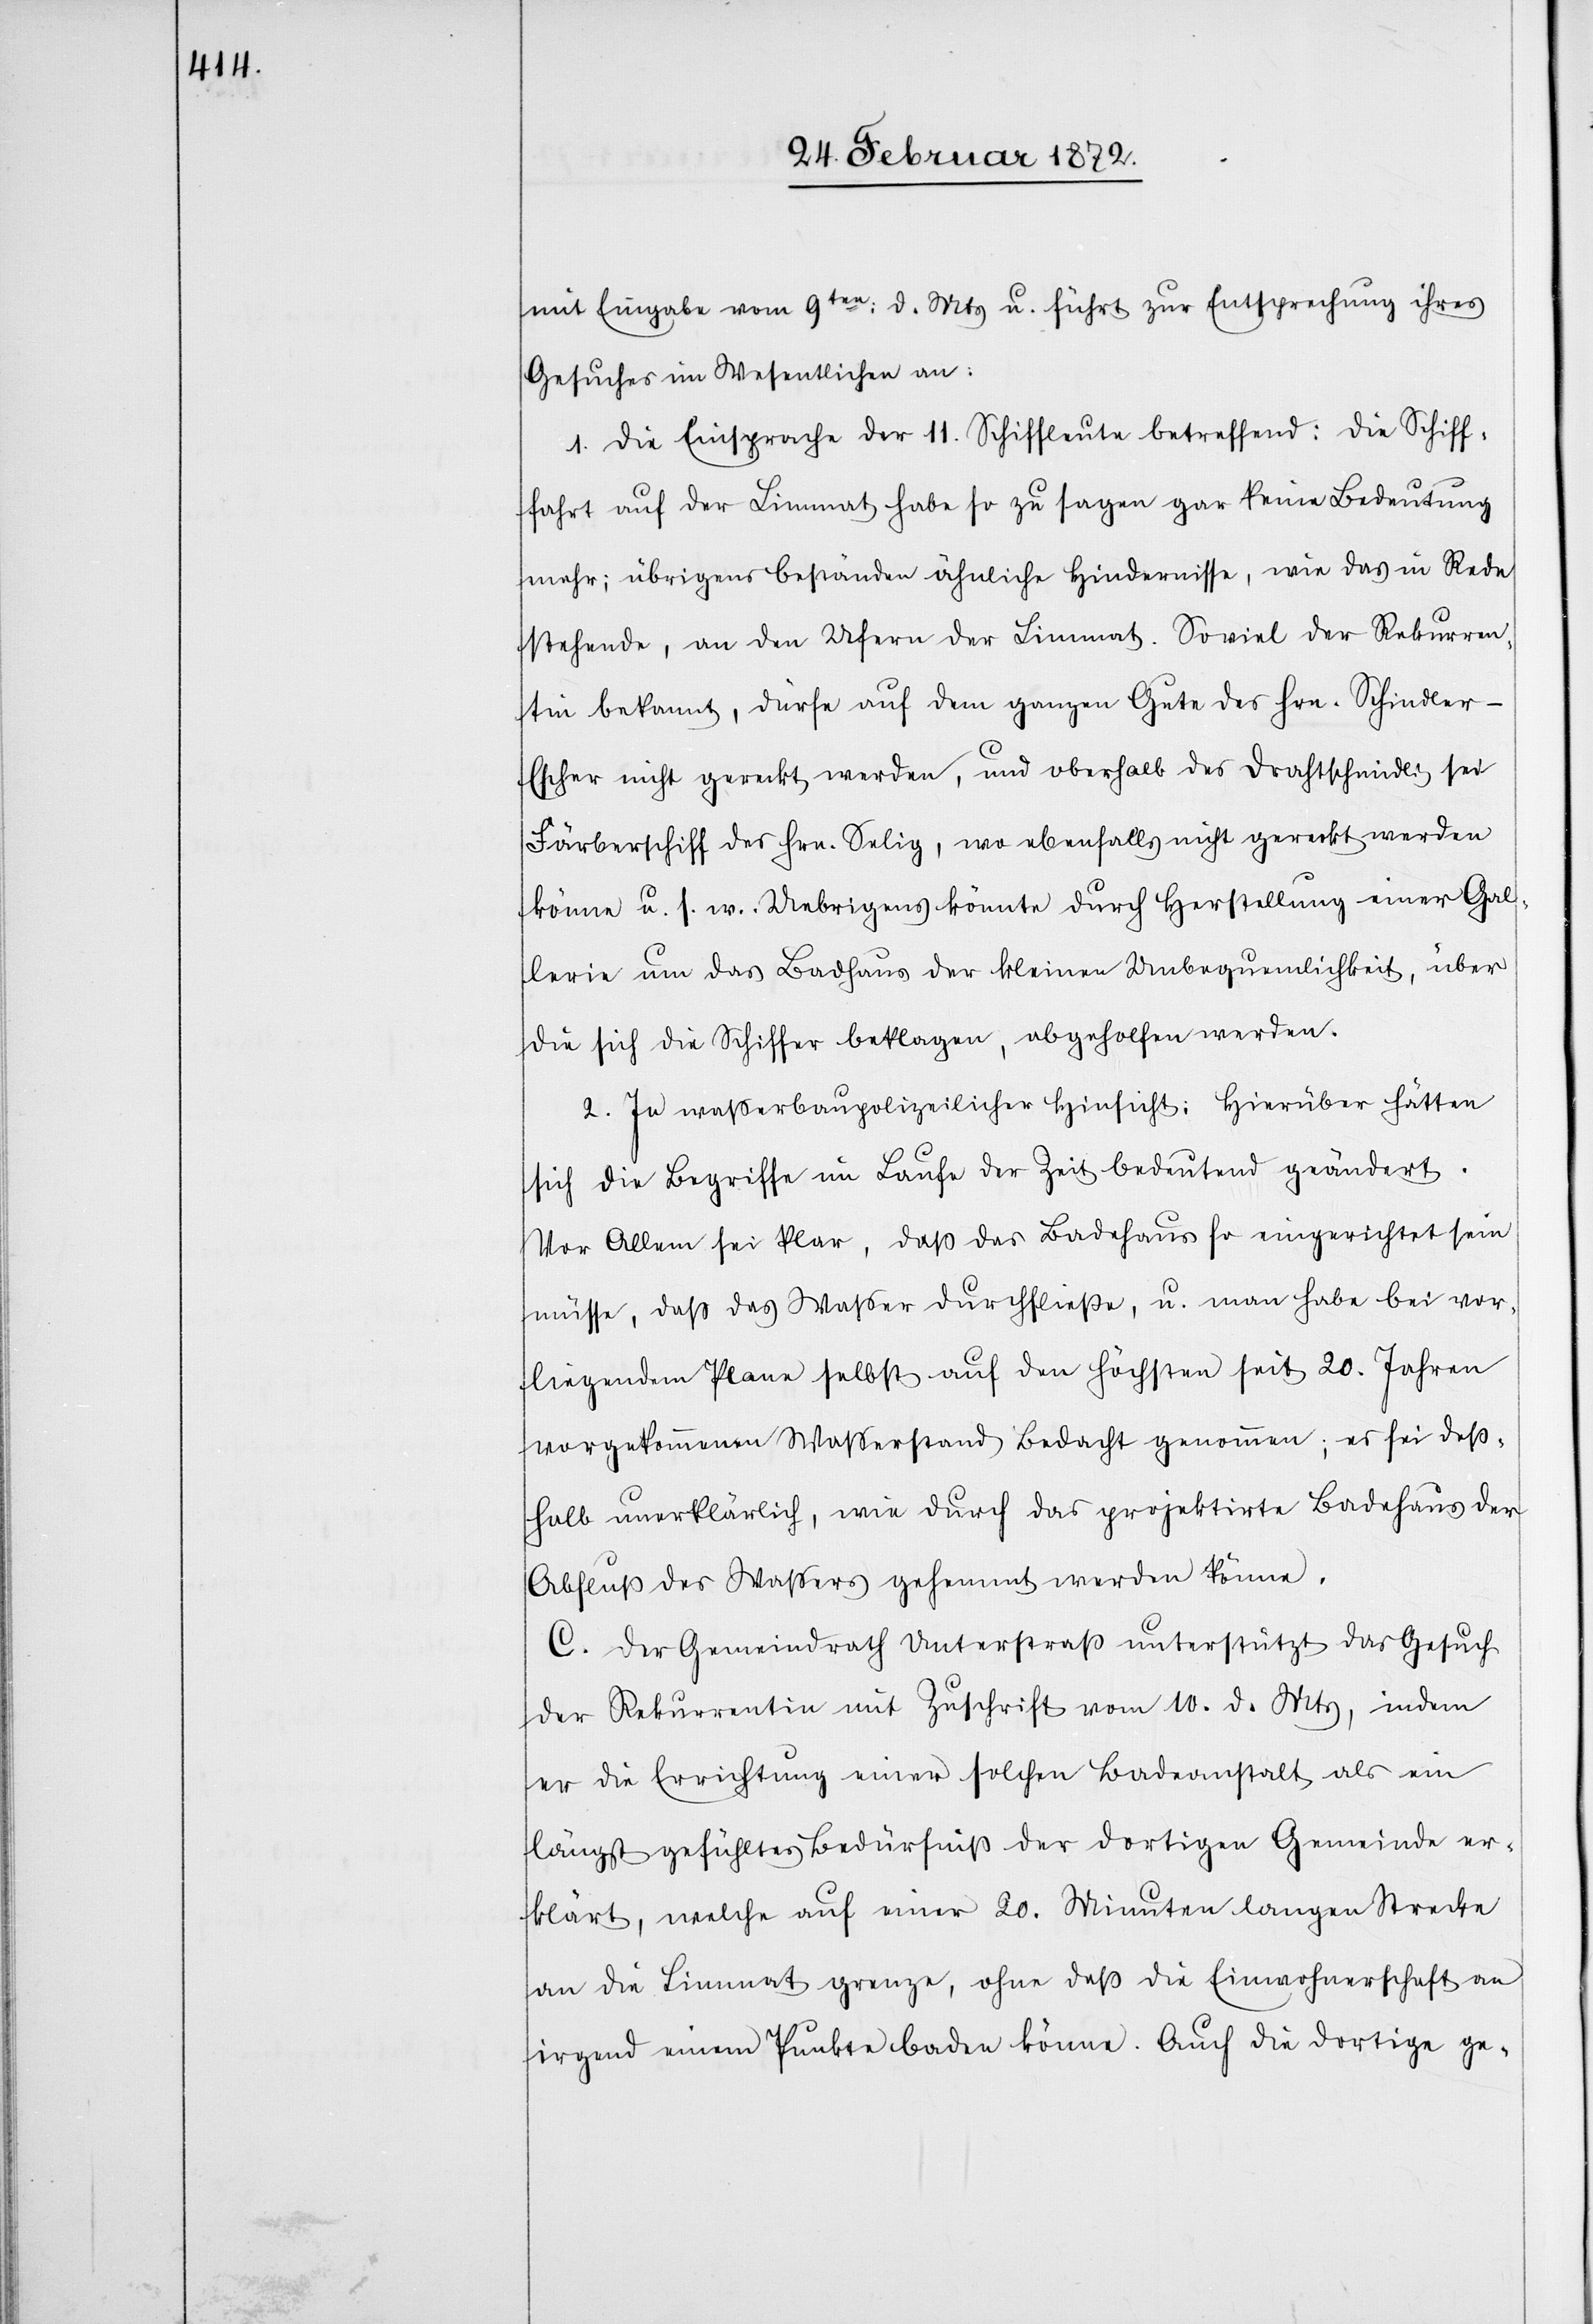
mit Eingabe vom 9ten d. Mts u. führt zur Entsprechung ihres
Gesuches im Wesentlichen an:
1. Die Einsprache der 11. Schiffleute betreffend: Die Schiff¬
fahrt auf der Limmat habe so zu sagen gar keine Bedeutung
mehr; übrigens beständen ähnliche Hindernisse, wie das in Rede
stehende, an den Ufern der Limmat. Soviel der Rekurren¬
tin bekannt, dürfe auf dem ganzen Gute des Hrn. Schindler-E¬
scher nicht gereckt werden, und oberhalb des Drahtschmidli sei
Färberschiff [sic!] des Hrn. Selig, wo ebenfalls nicht gereckt werden
könne u. s. w. Uebrigens könnte durch Herstellung einer Gal¬
lerie um das Badhaus der kleinen Unbequemlichkeit, über
die sich die Schiffer beklagen, abgeholfen werden.
2. In wasserbaupolizeilicher Hinsicht: Hierüber hätten
sich die Begriffe im Laufe der Zeit bedeutend geändert.
Vor Allem sei klar, daß das Badehaus so eingerichtet sein
müsse, daß das Wasser durchfließe, u. man habe bei vor¬
liegendem Plane selbst auf den Höchsten seit 20. Jahren
vorgekommenen Wasserstand Bedacht genommen; es sei deß¬
halb unerklärlich, wie durch das projektirte Badehaus der
Abfluß des Wassers gehemmt werden könne.
C. Der Gemeindrath Unterstraß unterstützt das Gesuch
der Rekurrentin mit Zuschrift vom 10. d. Mts, indem
er die Errichtung einer solchen Badeanstalt als ein
längst gefühltes Bedürfniß der dortigen Gemeinde er¬
klärt, welche auf einer 20. Minuten langen Strecke
an die Limmat grenze, ohne daß die Einwohnerschaft an
irgend einem Punkte baden könne. Auch die dortige ge-